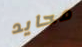
محايد